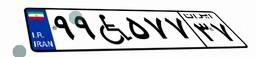
۹۹W۵۷۷۳۷